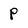
Character: P